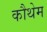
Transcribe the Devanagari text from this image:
कौथेम